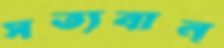
সত্যবান্‌